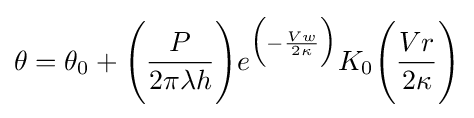
\theta =\theta _{0}+{\Biggl (}{\frac {P}{2\pi \lambda h}}{\Biggr )}e^{{\Bigl (}-{\frac {Vw}{2\kappa }}{\Bigr )}}K_{0}{\Biggl (}{\frac {Vr}{2\kappa }}{\Biggr )}